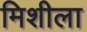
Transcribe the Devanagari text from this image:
मिशीला